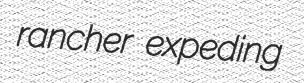
rancher expeding